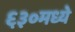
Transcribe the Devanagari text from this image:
६३०मध्ये